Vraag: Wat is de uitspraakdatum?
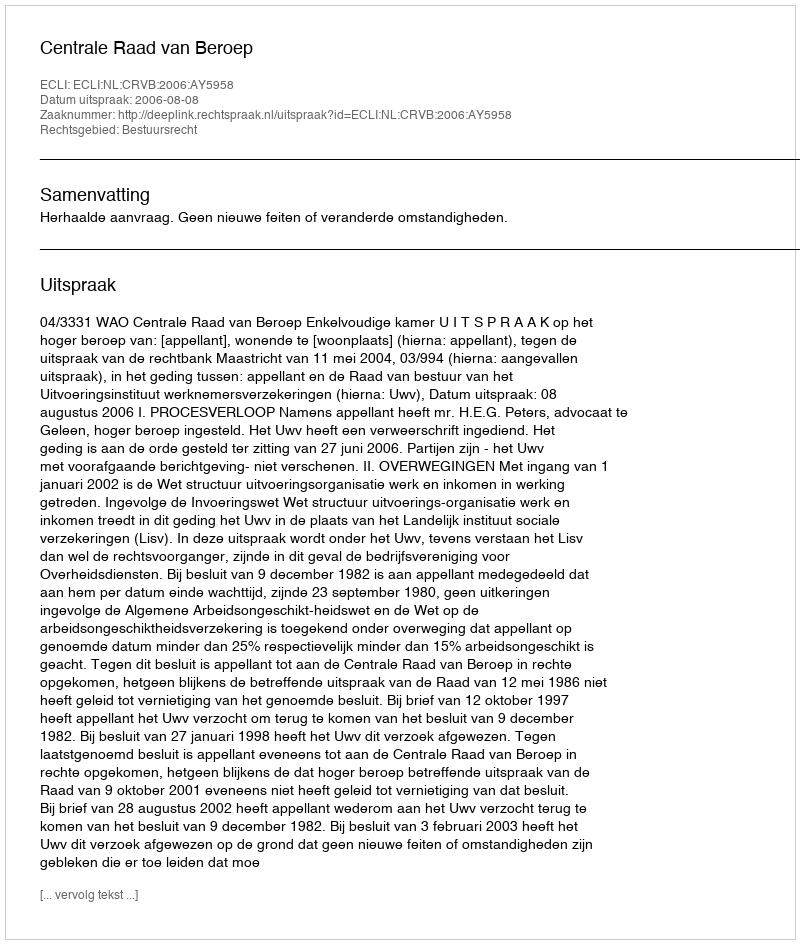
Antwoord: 2006-08-08